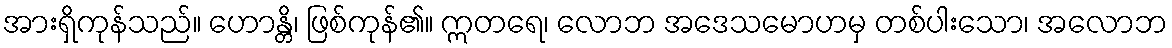
အားရှိကုန်သည်။ ဟောန္တိ၊ ဖြစ်ကုန်၏။ ဣတရေ၊ လောဘ အဒေသမောဟမှ တစ်ပါးသော၊ အလောဘ